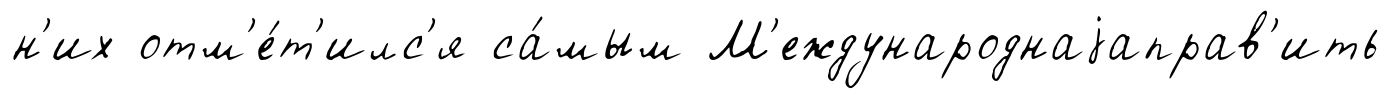
н'их отм'е́т'илс'я са́мым М'еждународнаjаправ'ить